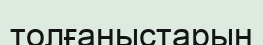
толғаныстарын